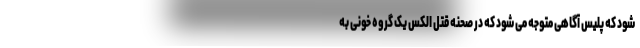
شود که پلیس آگاهی متوجه می شود که در صحنه قتل الکس یک گروه خونی به